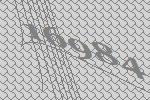
16984